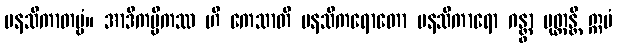
မနသိကာတဗ္ဗံ။ အာဒိကမ္မိကဿ ဟိ ကေသာတိ မနသိကရောတော မနသိကာရော ဂန္တွာ မုတ္တန္တိ ဣမံ